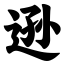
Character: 逊